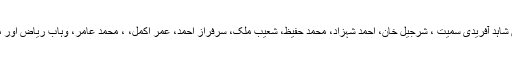
پاکستانی سکواڈ کپتان شاہد آفریدی سمیت ، شرجیل خان، احمد شہزاد، محمد حفیظ، شعیب ملک، سرفراز احمد، عمر اکمل، ، محمد عامر، وہاب ریاض اور محمد سمیع شامل ہیں۔